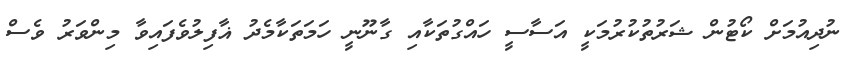
ނުދިއުމަށް ކޯޓުން ޝަރުތުކުރުމަކީ އަސާސީ ހައްގުތަކާއި ގާނޫނީ ހަމަތަކާމެދު ޣާފިލުވެފައިވާ މިންވަރު ވެސް